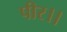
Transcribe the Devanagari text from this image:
पीर।।